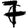
Digit: 7